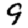
Digit: 9